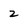
Character: 2